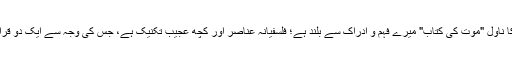
بالکل یہی حال میرا بھی ہے؛ ڈاکٹر خالد جاوید صاحب کا ناول "موت کی کتاب" میرے فہم و ادراک سے بلند ہے؛ فلسفیانہ عناصر اور کچھ عجیب تکنیک ہے، جس کی وجہ سے ایک دو قراتوں کے بعد بھی میں سمجھنے کا دعوٰی نہیں کر سکتا۔